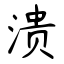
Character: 溃